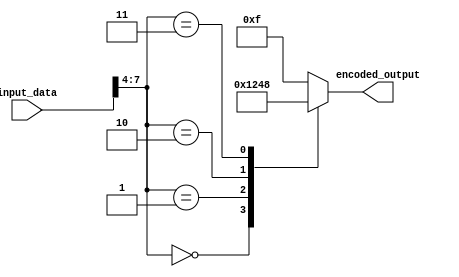
module Encoder(
    input [7:0] input_data,
    output reg [3:0] encoded_output
);

// Data processing block
reg [3:0] processed_data;
always @(*) begin
    processed_data = input_data >> 4; // Shift input data by 4 bits
end

// Mapping block
always @(*) begin
    case(processed_data)
        4'b0000: encoded_output = 4'b0001;
        4'b0001: encoded_output = 4'b0010;
        4'b0010: encoded_output = 4'b0100;
        4'b0011: encoded_output = 4'b1000;
        default: encoded_output = 4'b1111; // Default value for unmatched data
    endcase
end

endmodule